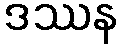
ဒဿန